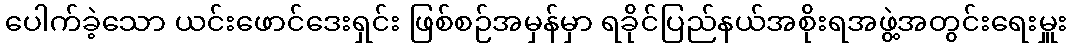
ပေါက်ခဲ့သော ယင်းဖောင်ဒေးရှင်း ဖြစ်စဉ်အမှန်မှာ ရခိုင်ပြည်နယ်အစိုးရအဖွဲ့အတွင်းရေးမှူး